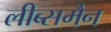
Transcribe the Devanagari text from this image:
लीब्समैन